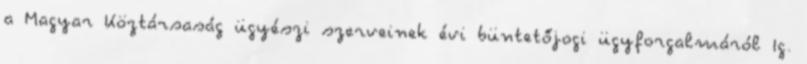
a Magyar Köztársaság ügyészi szerveinek évi büntetőjogi ügyforgalmáról Ig.